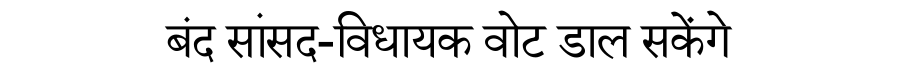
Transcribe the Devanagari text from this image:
बंद सांसद-विधायक वोट डाल सकेंगे